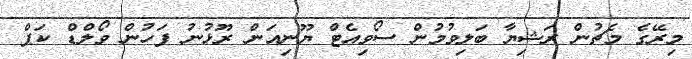
މިރޭގެ މެޗުން ރަޝިޔާ ބަލިވުމުން ސޯވިއެޓް ޔޫނިއަން ރޫޅުނު ފަހުން ވޯލްޑް ކަޕް